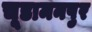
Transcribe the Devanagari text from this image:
चूडामनपुर